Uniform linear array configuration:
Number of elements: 4
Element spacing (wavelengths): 0.25
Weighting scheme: kaiser
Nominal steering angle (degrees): -15
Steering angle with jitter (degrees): -13.064
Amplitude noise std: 0.05
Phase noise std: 0.05

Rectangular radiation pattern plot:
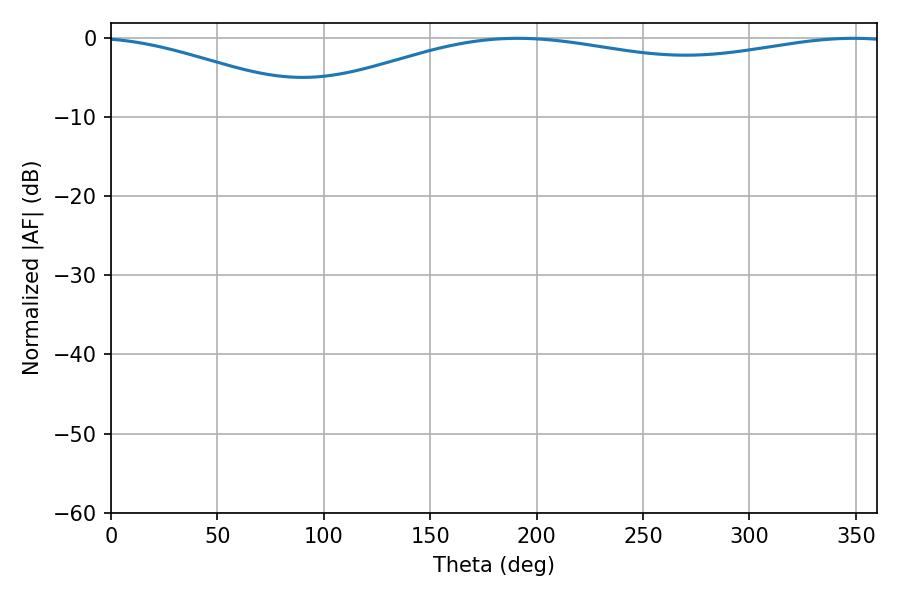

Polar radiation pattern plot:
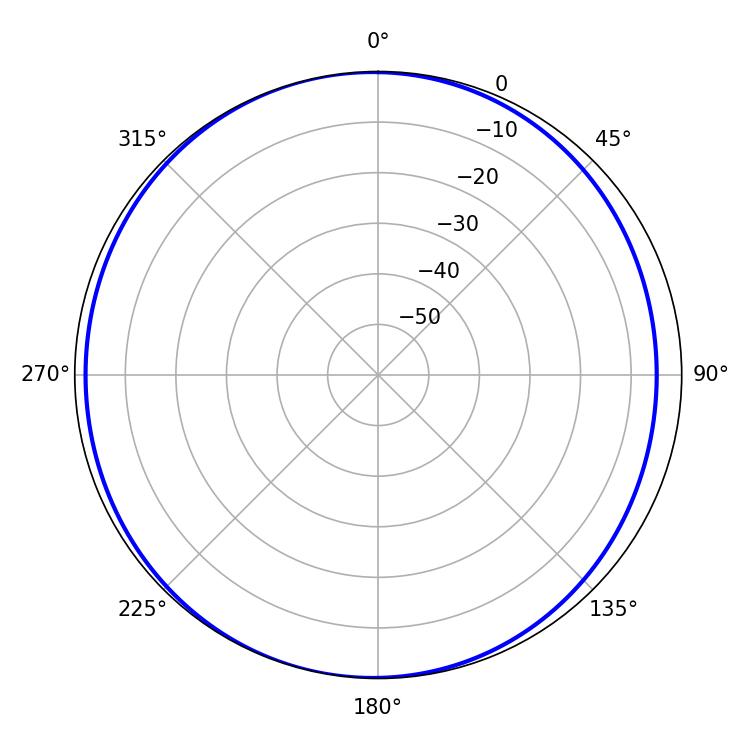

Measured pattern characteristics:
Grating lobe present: FALSE
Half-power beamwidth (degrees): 229.68
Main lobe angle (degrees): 191.16